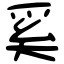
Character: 奚